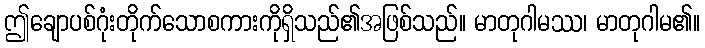
ဤချောပစ်ဂုံးတိုက်သောစကားကိုရှိသည်၏အဖြစ်သည်။ မာတုဂါမဿ၊ မာတုဂါမ၏။